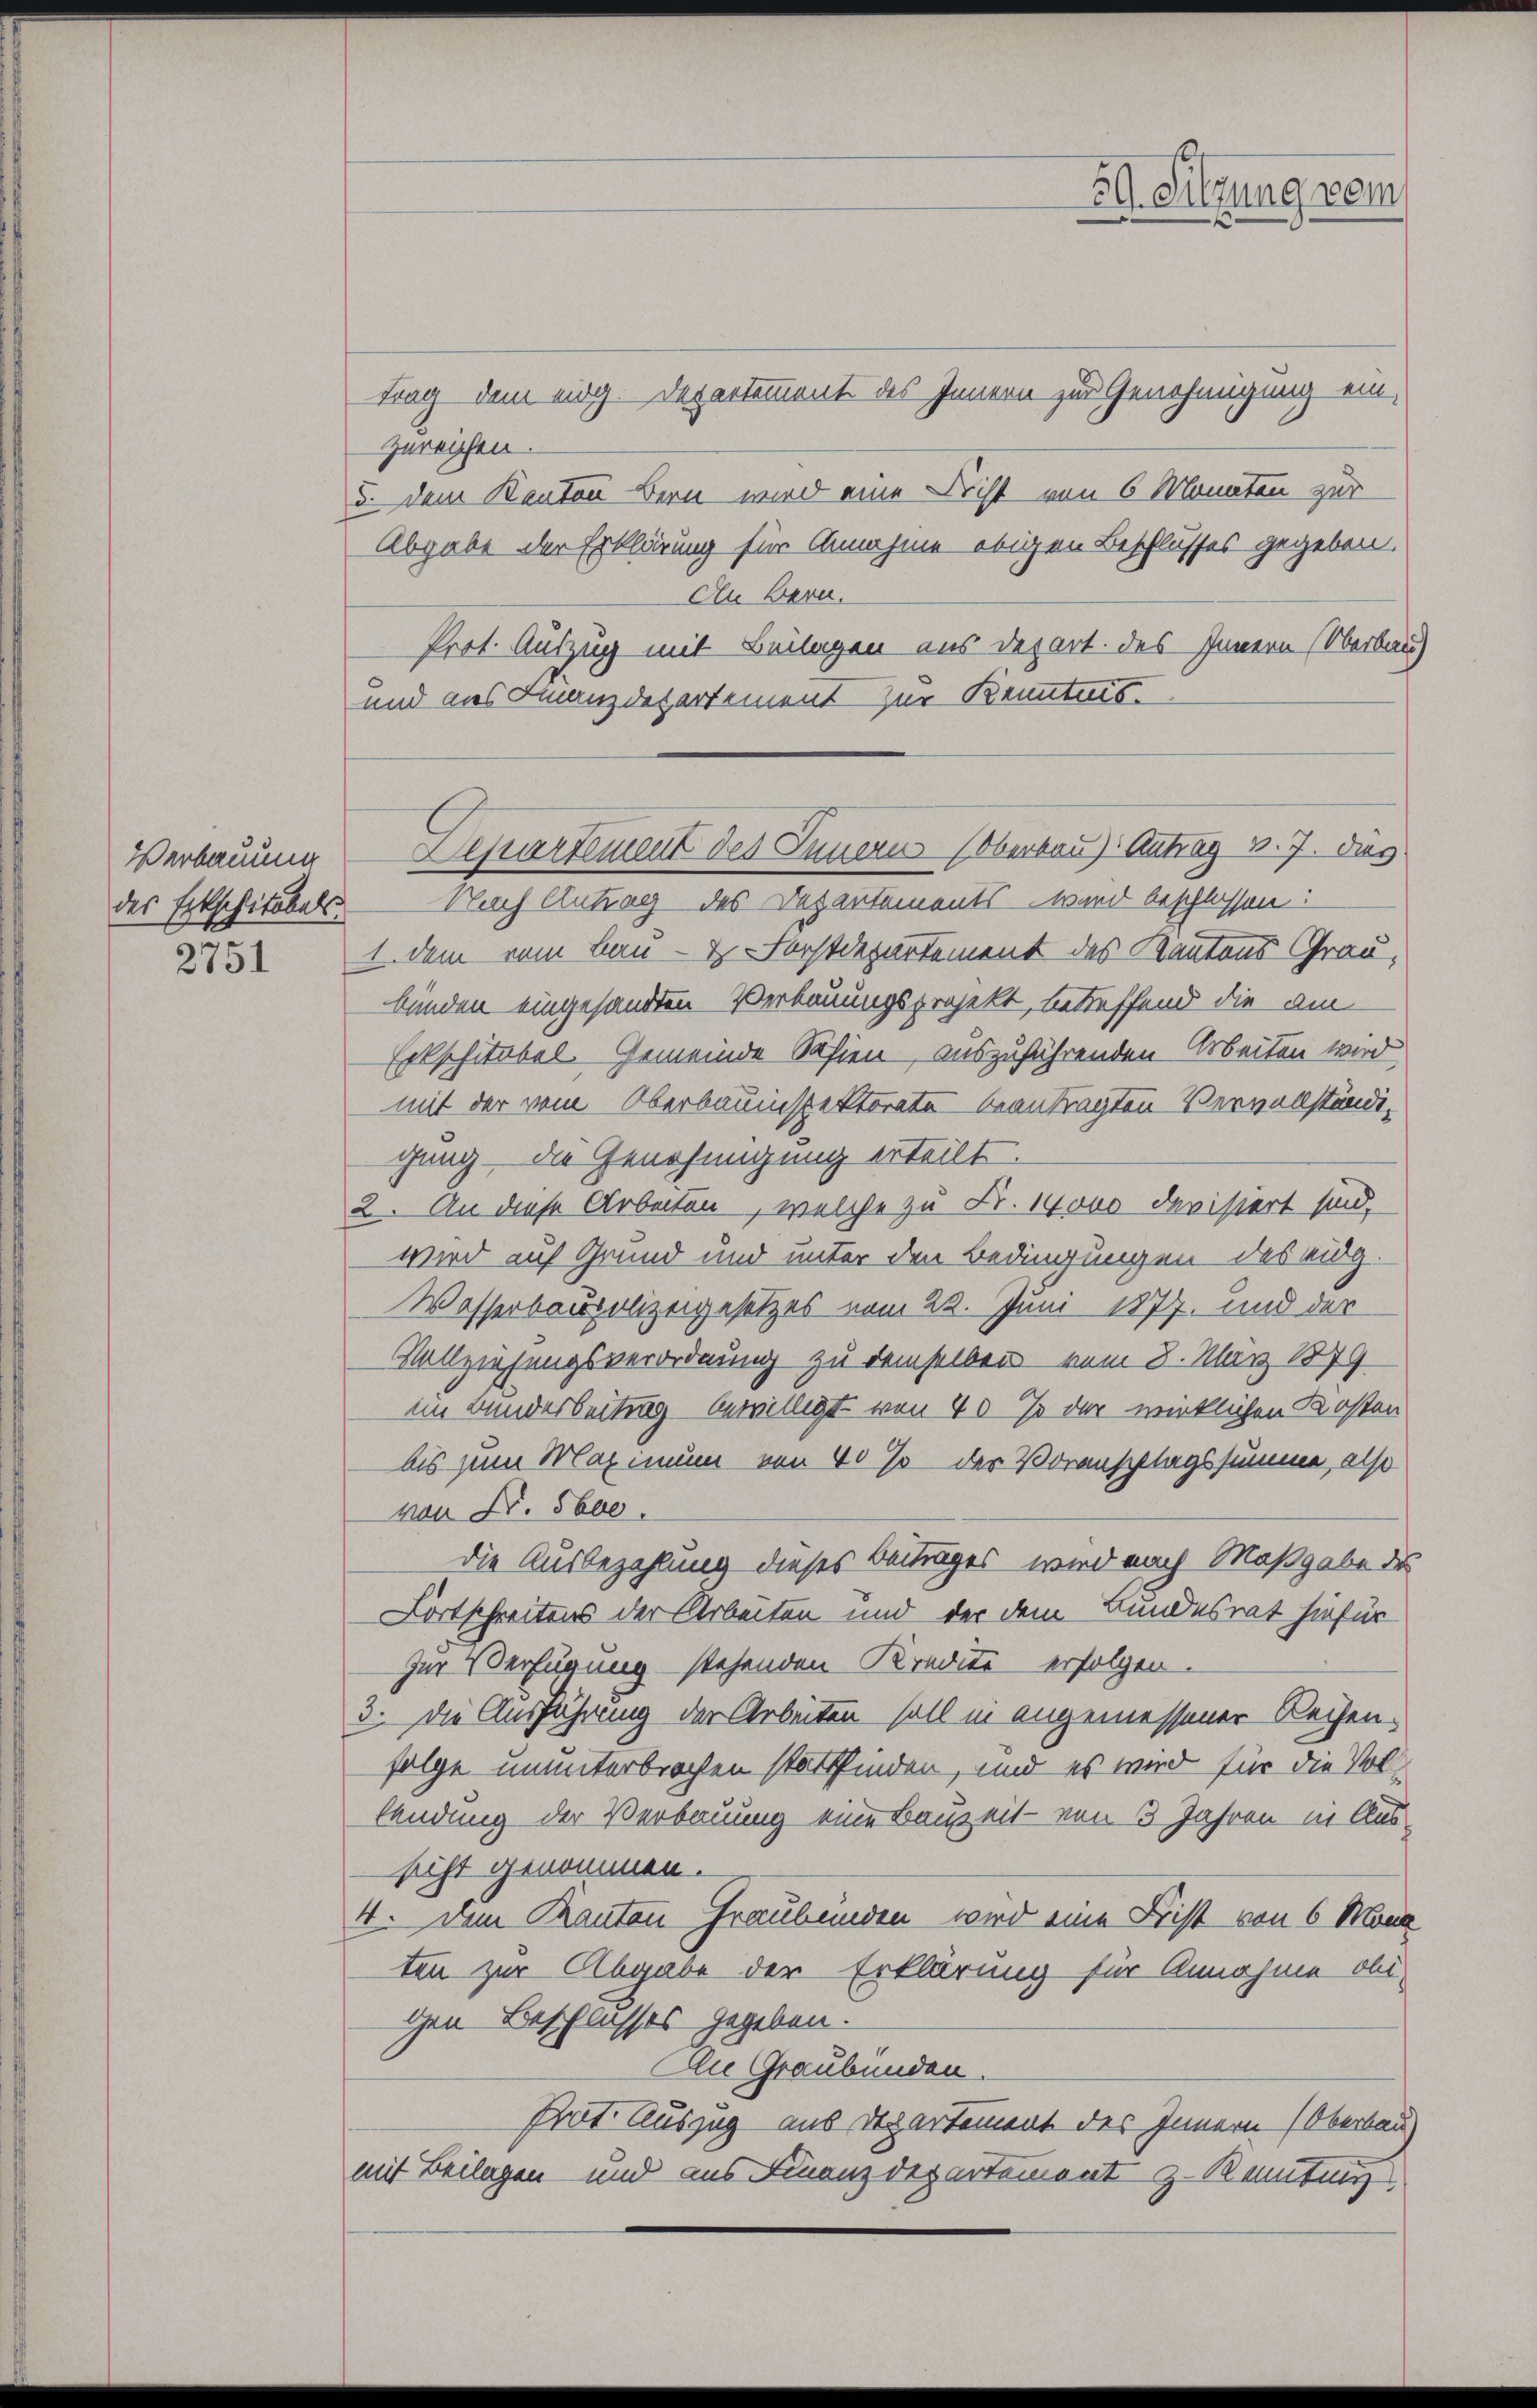
2751

Verbauung

trag dem eidg. Departement des Innern zur Genehmigung ein,
zureichen.
5. dem Kanton Bern wird eine Drist von 6 Monaten zur
Abgabe der Erklärung für Annahme obigen Beschlusses gegeben.
An Bern.
Prof. Auszug mit Beilagen aus Depart. des Innern (Oberbau
und aus Finanzdepartement zur Kenntnis.

39. Sitzung vom

des Erbschitobels Nach Antrag des Departements - wird beschlossen:
1. dem vom Bau- & Forstdepartement des Kantons Grau,
bünden eingesandten Verbauungsprojekt, betreffend die am
Erkschitobel. Gemeinde Safien auszuführenden Arbeiten wird,
mit der vom Oberbauinspektorate beantragten Vervollständigung die Genehmigung erteilt.
2. An diese Arbeiten, welche zu Fr. 14000 devisiert sind,
wird auf Grund und unter den Bedingungen des eidg.
Wasserbaupolizeigesetzes vom 22. Juni 1877. und der
Vollziehungsverordnung zu demselben vom 8. März 1879
im Bunderbeitung bewilligt von 40% der wirklichen Kosten
bis zum Maximum von 40 so der Voranschlagssumme, also
von Nr. 5600.
die Ausbezahlung dieses Beitrages wird nach Maßgabe des
Fortschreitens der Arbeiten und der dem Bundesrat hiefür
zur Verfügung stehenden Kredite erfolgen.
3. Die Ausführung der Arbeiten soll in angemessener Reihen-
folge ununterbrochen stattfinden, und es wird für die Vollendung der Verbauung eine Bauzeit - von 3 Jahren in Aus-
sicht genommen.
4. Dem Kanton Graubünden wird eine Frist von 6 Mona
ten zur Abgabe der Erklärung für Annahme obigen Beschlusses gegeben.
An Graubünden.
Prät. Auszug aus Departement des Innern (Oberbau
mit Beilagen und aus Finanzdepartement z. Kenntung

Departement des Innern (Oberbau) Antrag v. 7. das